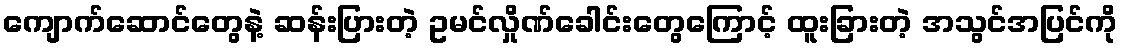
ကျောက်ဆောင်တွေနဲ့ ဆန်းပြားတဲ့ ဥမင်လှိုဏ်ခေါင်းတွေကြောင့် ထူးခြားတဲ့ အသွင်အပြင်ကို